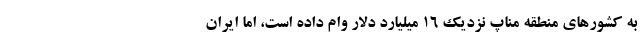
به کشور‌های منطقه مناپ نزدیک ۱۶ میلیارد دلار وام داده است، اما ایران